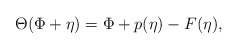
\begin{align*}\Theta (\Phi +\eta )=\Phi +p(\eta )-F(\eta ),\end{align*}